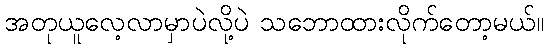
အတုယူလေ့လာမှာပဲလို့ပဲ သဘောထားလိုက်တော့မယ်။